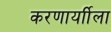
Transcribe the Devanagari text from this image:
करणार्याीला